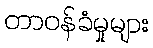
တာဝန်ခံမှုများ